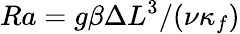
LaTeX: Ra={g\beta\Delta L^{3}}/{(\nu\kappa_{f})}